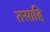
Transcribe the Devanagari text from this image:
तसाहि